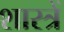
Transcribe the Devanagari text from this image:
शास्त्रें